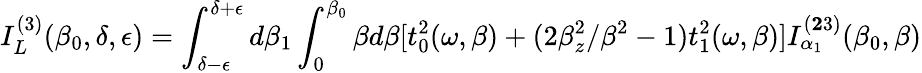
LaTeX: I_{L}^{(3)}({\beta}_{0},\delta,\epsilon)=\int_{\delta-\epsilon}^{\delta+\epsilon}d{\beta}_{1}\int_{0}^{{\beta}_{0}}{\beta}d{\beta}[t_{0}^{2}({\omega},{\beta})+(2{\beta}_{z}^{2}/{\beta}^{2}-1)t_{1}^{2}({\omega},{\beta})]I_{\alpha_{1}}^{({\mathbf 23})}({\beta}_{0},{\beta})